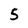
Character: 5